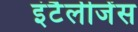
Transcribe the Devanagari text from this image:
इंटैलीजेंस